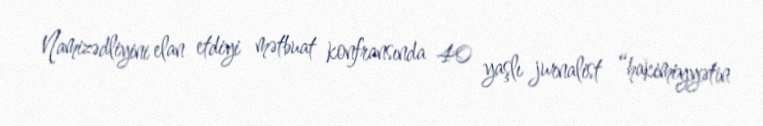
Namizədliyini elan etdiyi mətbuat konfransında 40 yaşlı jurnalist “hakimiyyətin